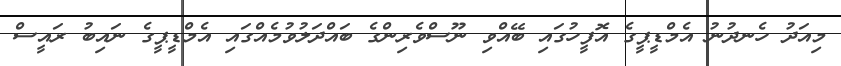
މިއަދު ހެނދުނު އެމްޑީޕީގެ އޮފީހުގައި ބޭއްވި ނޫސްވެރިންގެ ބައްދަލުވުމެއްގައި އެމްޑީޕީގެ ނައިބު ރައީސް